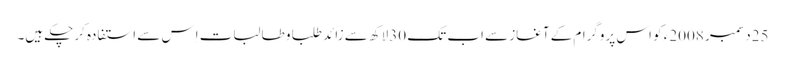
25دسمبر 2008ء کو اس پروگرام کے آغاز سے اب تک 30لاکھ سے زائد طلبا و طالبات اِس سے استفادہ کرچکے ہیں۔